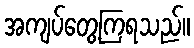
အကျပ်တွေ့ကြရသည်။